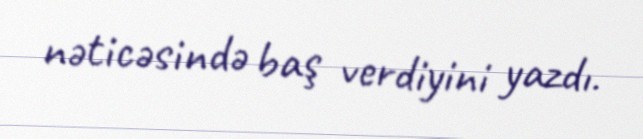
nəticəsində baş verdiyini yazdı.